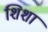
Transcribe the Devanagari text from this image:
शिशा